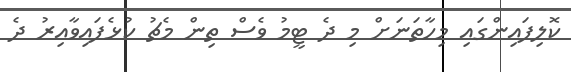
ކޮލިފައިންގައި މިހާތަނަށް މި ދެ ޓީމު ވެސް ތިން މެޗު ކުޅެފައިވާއިރު ދެ